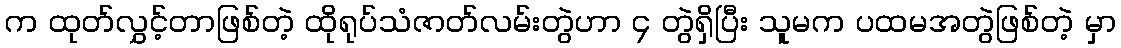
က ထုတ်လွှင့်တာဖြစ်တဲ့ ထိုရုပ်သံဇာတ်လမ်းတွဲဟာ ၄ တွဲရှိပြီး သူမက ပထမအတွဲဖြစ်တဲ့ မှာ